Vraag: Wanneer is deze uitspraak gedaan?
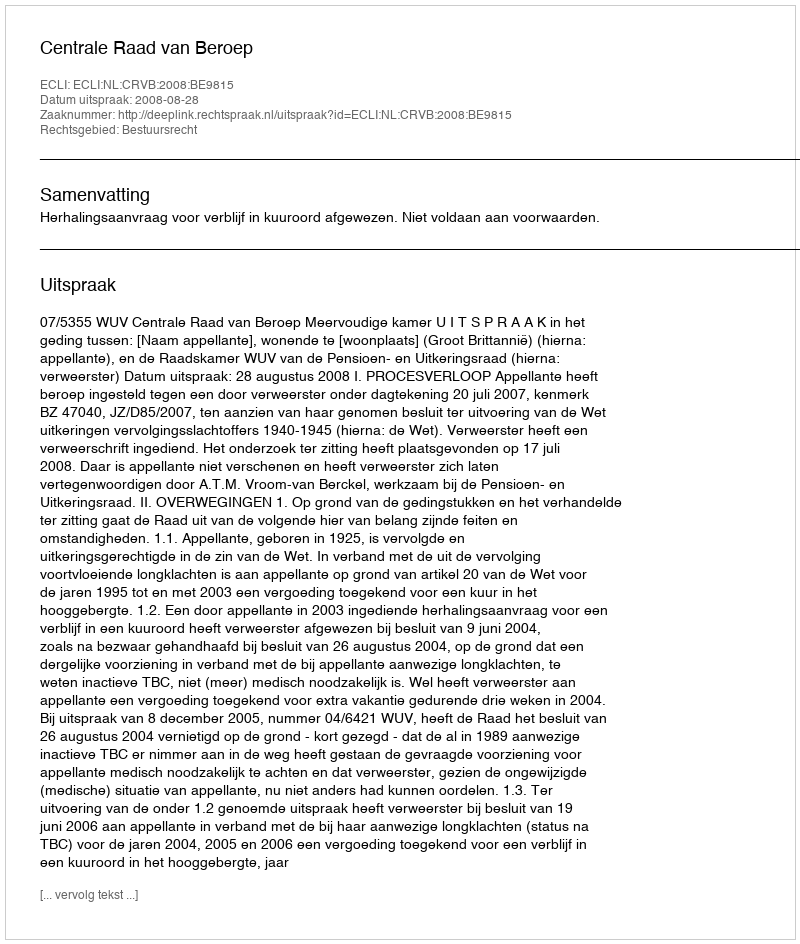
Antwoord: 2008-08-28